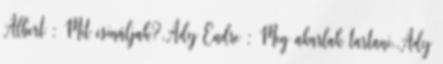
Albert : Mit csináljak?,Ady Endre : Meg akarlak tartani.,Ady